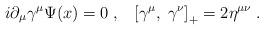
LaTeX: \begin{align*}i\partial_\mu\gamma^\mu\Psi (x) = 0\;,\;\;\; \left[\gamma^\mu,\;\gamma^\nu\right]_{+} = 2\eta^{\mu\nu}\;.\end{align*}